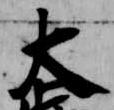
大